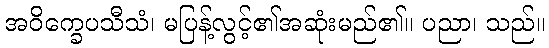
အဝိက္ခေပသီသံ၊ မပြန့်လွင့်၏အဆုံးမည်၏။ ပညာ၊ သည်။